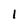
Character: 1